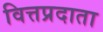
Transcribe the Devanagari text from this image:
वित्तप्रदाता